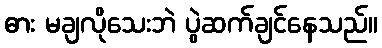
ဓား မချလိုသေးဘဲ ပွဲဆက်ချင်နေသည်။